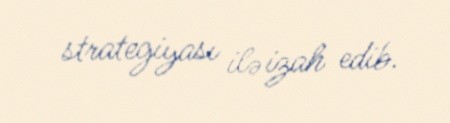
strategiyası ilə izah edib.